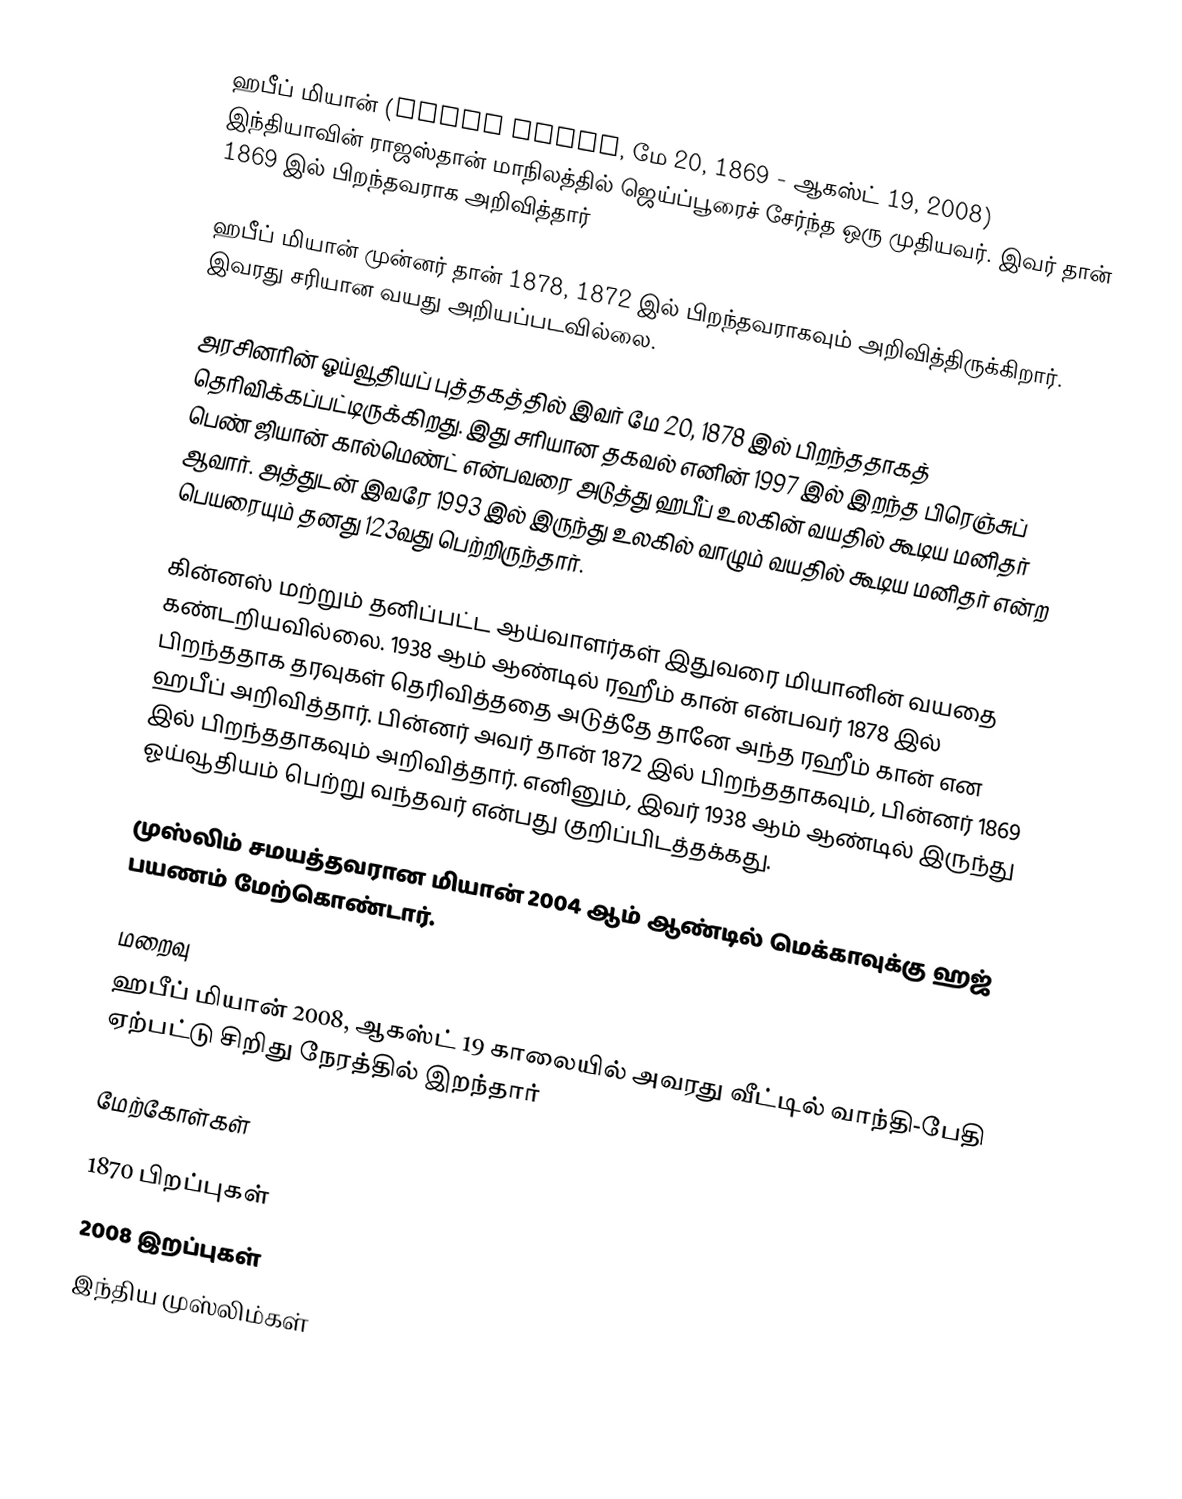
ஹபீப் மியான் (Habib Miyan, மே 20, 1869 - ஆகஸ்ட் 19, 2008) இந்தியாவின் ராஜஸ்தான் மாநிலத்தில் ஜெய்ப்பூரைச் சேர்ந்த ஒரு முதியவர். இவர் தான் 1869 இல் பிறந்தவராக அறிவித்தார்

ஹபீப் மியான் முன்னர் தான் 1878, 1872 இல் பிறந்தவராகவும் அறிவித்திருக்கிறார். இவரது சரியான வயது அறியப்படவில்லை.

அரசினரின் ஓய்வூதியப் புத்தகத்தில் இவர் மே 20, 1878 இல் பிறந்ததாகத் தெரிவிக்கப்பட்டிருக்கிறது. இது சரியான தகவல் எனின் 1997 இல் இறந்த பிரெஞ்சுப் பெண் ஜியான் கால்மெண்ட் என்பவரை அடுத்து ஹபீப் உலகின் வயதில் கூடிய மனிதர் ஆவார். அத்துடன் இவரே 1993 இல் இருந்து உலகில் வாழும் வயதில் கூடிய மனிதர் என்ற பெயரையும் தனது 123வது பெற்றிருந்தார்.

கின்னஸ் மற்றும் தனிப்பட்ட ஆய்வாளர்கள் இதுவரை மியானின் வயதை கண்டறியவில்லை. 1938 ஆம் ஆண்டில் ரஹீம் கான் என்பவர் 1878 இல் பிறந்ததாக தரவுகள் தெரிவித்ததை அடுத்தே தானே அந்த ரஹீம் கான் என ஹபீப் அறிவித்தார். பின்னர் அவர் தான் 1872 இல் பிறந்ததாகவும், பின்னர் 1869 இல் பிறந்ததாகவும் அறிவித்தார். எனினும், இவர் 1938 ஆம் ஆண்டில் இருந்து ஓய்வூதியம் பெற்று வந்தவர் என்பது குறிப்பிடத்தக்கது.

முஸ்லிம் சமயத்தவரான மியான் 2004 ஆம் ஆண்டில் மெக்காவுக்கு ஹஜ் பயணம் மேற்கொண்டார்.

மறைவு
ஹபீப் மியான் 2008, ஆகஸ்ட் 19 காலையில் அவரது வீட்டில் வாந்தி-பேதி ஏற்பட்டு சிறிது நேரத்தில் இறந்தார்

மேற்கோள்கள்

1870 பிறப்புகள்
2008 இறப்புகள்
இந்திய முஸ்லிம்கள்